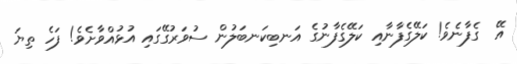
އޭ  ގެފާނެވެ! ކަލޭގެފާނާއި ކަލޭގެފާނުގެ އަނބިކަނބަލުން ސުވަރުގޭގައި އުޅުއްވާށެވެ! ފަހެ ތިޔަ